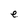
Character: e